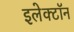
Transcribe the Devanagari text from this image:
इलेक्‍टॉन